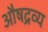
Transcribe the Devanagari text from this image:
औषद्रव्य